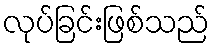
လုပ်ခြင်းဖြစ်သည်